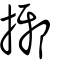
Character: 捓